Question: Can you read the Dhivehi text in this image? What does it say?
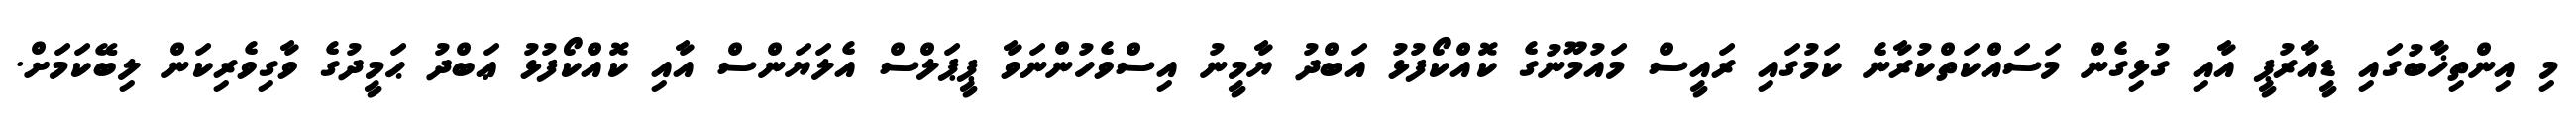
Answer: މި އިންތިޚާބުގައި ޑީއާރުޕީ އާއި ގުޅިގެން މަސައްކަތްކުރާނެ ކަމުގައި ރައީސް މައުމޫނުގެ ކޮއްކޯފުޅު އަބްދު ޔާމީނު އިސްވެހުންނަވާ ޕީޕަލްސް އެލަޔަންސް އާއި ކޮއްކޯފުޅު ޢަބްދު ޙަމީދުގެ ވާގިވެރިކަން ލިބޭކަމަށް.